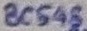
Text: BC548